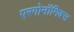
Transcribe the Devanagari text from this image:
एरगोनॉमिक्स